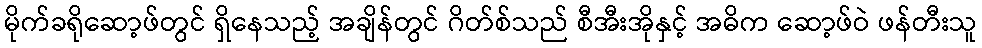
မိုက်ခရိုဆော့ဖ်တွင် ရှိနေသည့် အချိန်တွင် ဂိတ်စ်သည် စီအီးအိုနှင့် အဓိက ဆော့ဖ်ဝဲ ဖန်တီးသူ